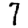
Digit: 7